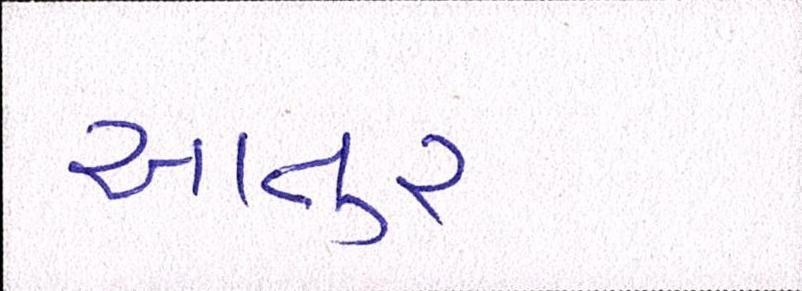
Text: આતુર